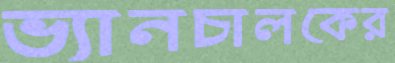
ভ্যানচালকের